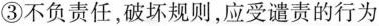
③不负责任，破坏规则，应受谴责的行为